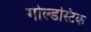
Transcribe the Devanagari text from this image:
गोल्डस्टिक